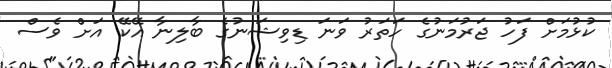
ކުޅުމަށް ފަހު ޖަރުމަނުގެ ހަތަރު ވަނަ ޑިވިޝަނުގެ ބާލިނާ އޭކޭ އަށް ވެސް